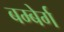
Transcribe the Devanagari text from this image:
बम्बेर्ग